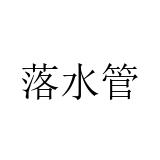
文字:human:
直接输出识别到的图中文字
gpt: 落水管